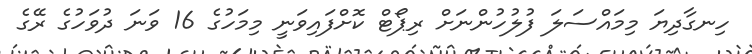
ހިނގާދިޔަ މިމައްސަލަ ފުލުހުންނަށް ރިޕޯޓް ކޮށްފައިވަނީ މިމަހުގެ 16 ވަނަ ދުވަހުގެ ރޭގެ